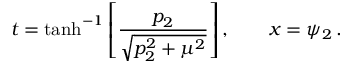
t = \operatorname { t a n h } ^ { - 1 } \left[ \frac { p _ { 2 } } { \sqrt { p _ { 2 } ^ { 2 } + \mu ^ { 2 } } } \right] , \qquad x = \psi _ { 2 } \, .